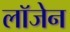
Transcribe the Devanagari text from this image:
लॉजेन